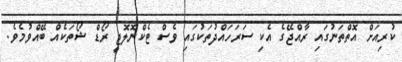
ކުރިއަށް އޮތްތަނުގައި ރާއްޖޭގެ އެކި ސަރަހައްދުތަކުގައި ވެސް ޓެކްނޮލޮޖީ ރޯޑް ޝޯތަކެއް ބޭއްވުމެވެ.